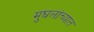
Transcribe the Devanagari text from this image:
मुघलांच्यात